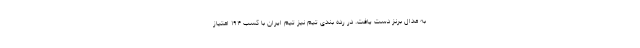
به مدال برنز دست یافت. در رده بندی تیم نیز تیم ایران با کسب ۱۹۴ امتیاز